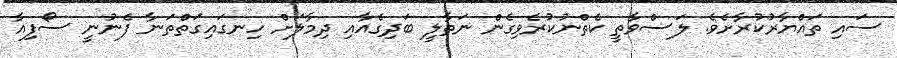
ސައި ތައްޔާރުކުރާށެވެ. ލަސްވާތީ ކެތްނުކުރެވިގެން ނަތާލީ ބަދިގެއާއި ދިމާލަށް ހިނގައިގަތްތަނާ ފެނުނީ ސޯފިއާ